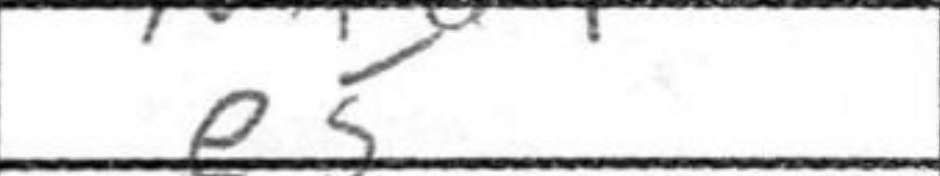
Transcription: e5